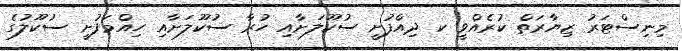
މިނިސްޓަރު ޒިޔާރަތް ކުރެއްވީ ކ ދިއްފުށީ ސުކޫލަށާއި ހުރާ ސުކޫލަށާއި ހިއްމަފުށީ ސުކޫލުގެ